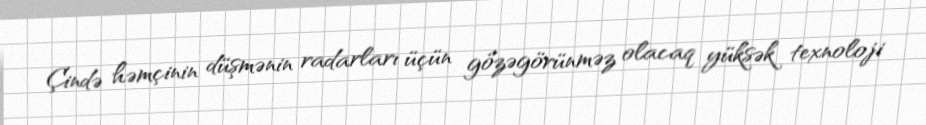
Çində həmçinin düşmənin radarları üçün gözəgörünməz olacaq yüksək texnoloji